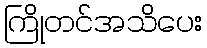
ကြိုတင်အသိပေး